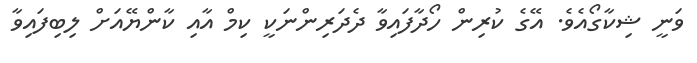
ވަނީ ޝިކާގޯއެވެ. އޭގެ ކުރިން ހޯދާފައިވާ ދެދަރިންނަކީ ކިމް އާއި ކާންޔޭއަށް ލިބިފައިވާ